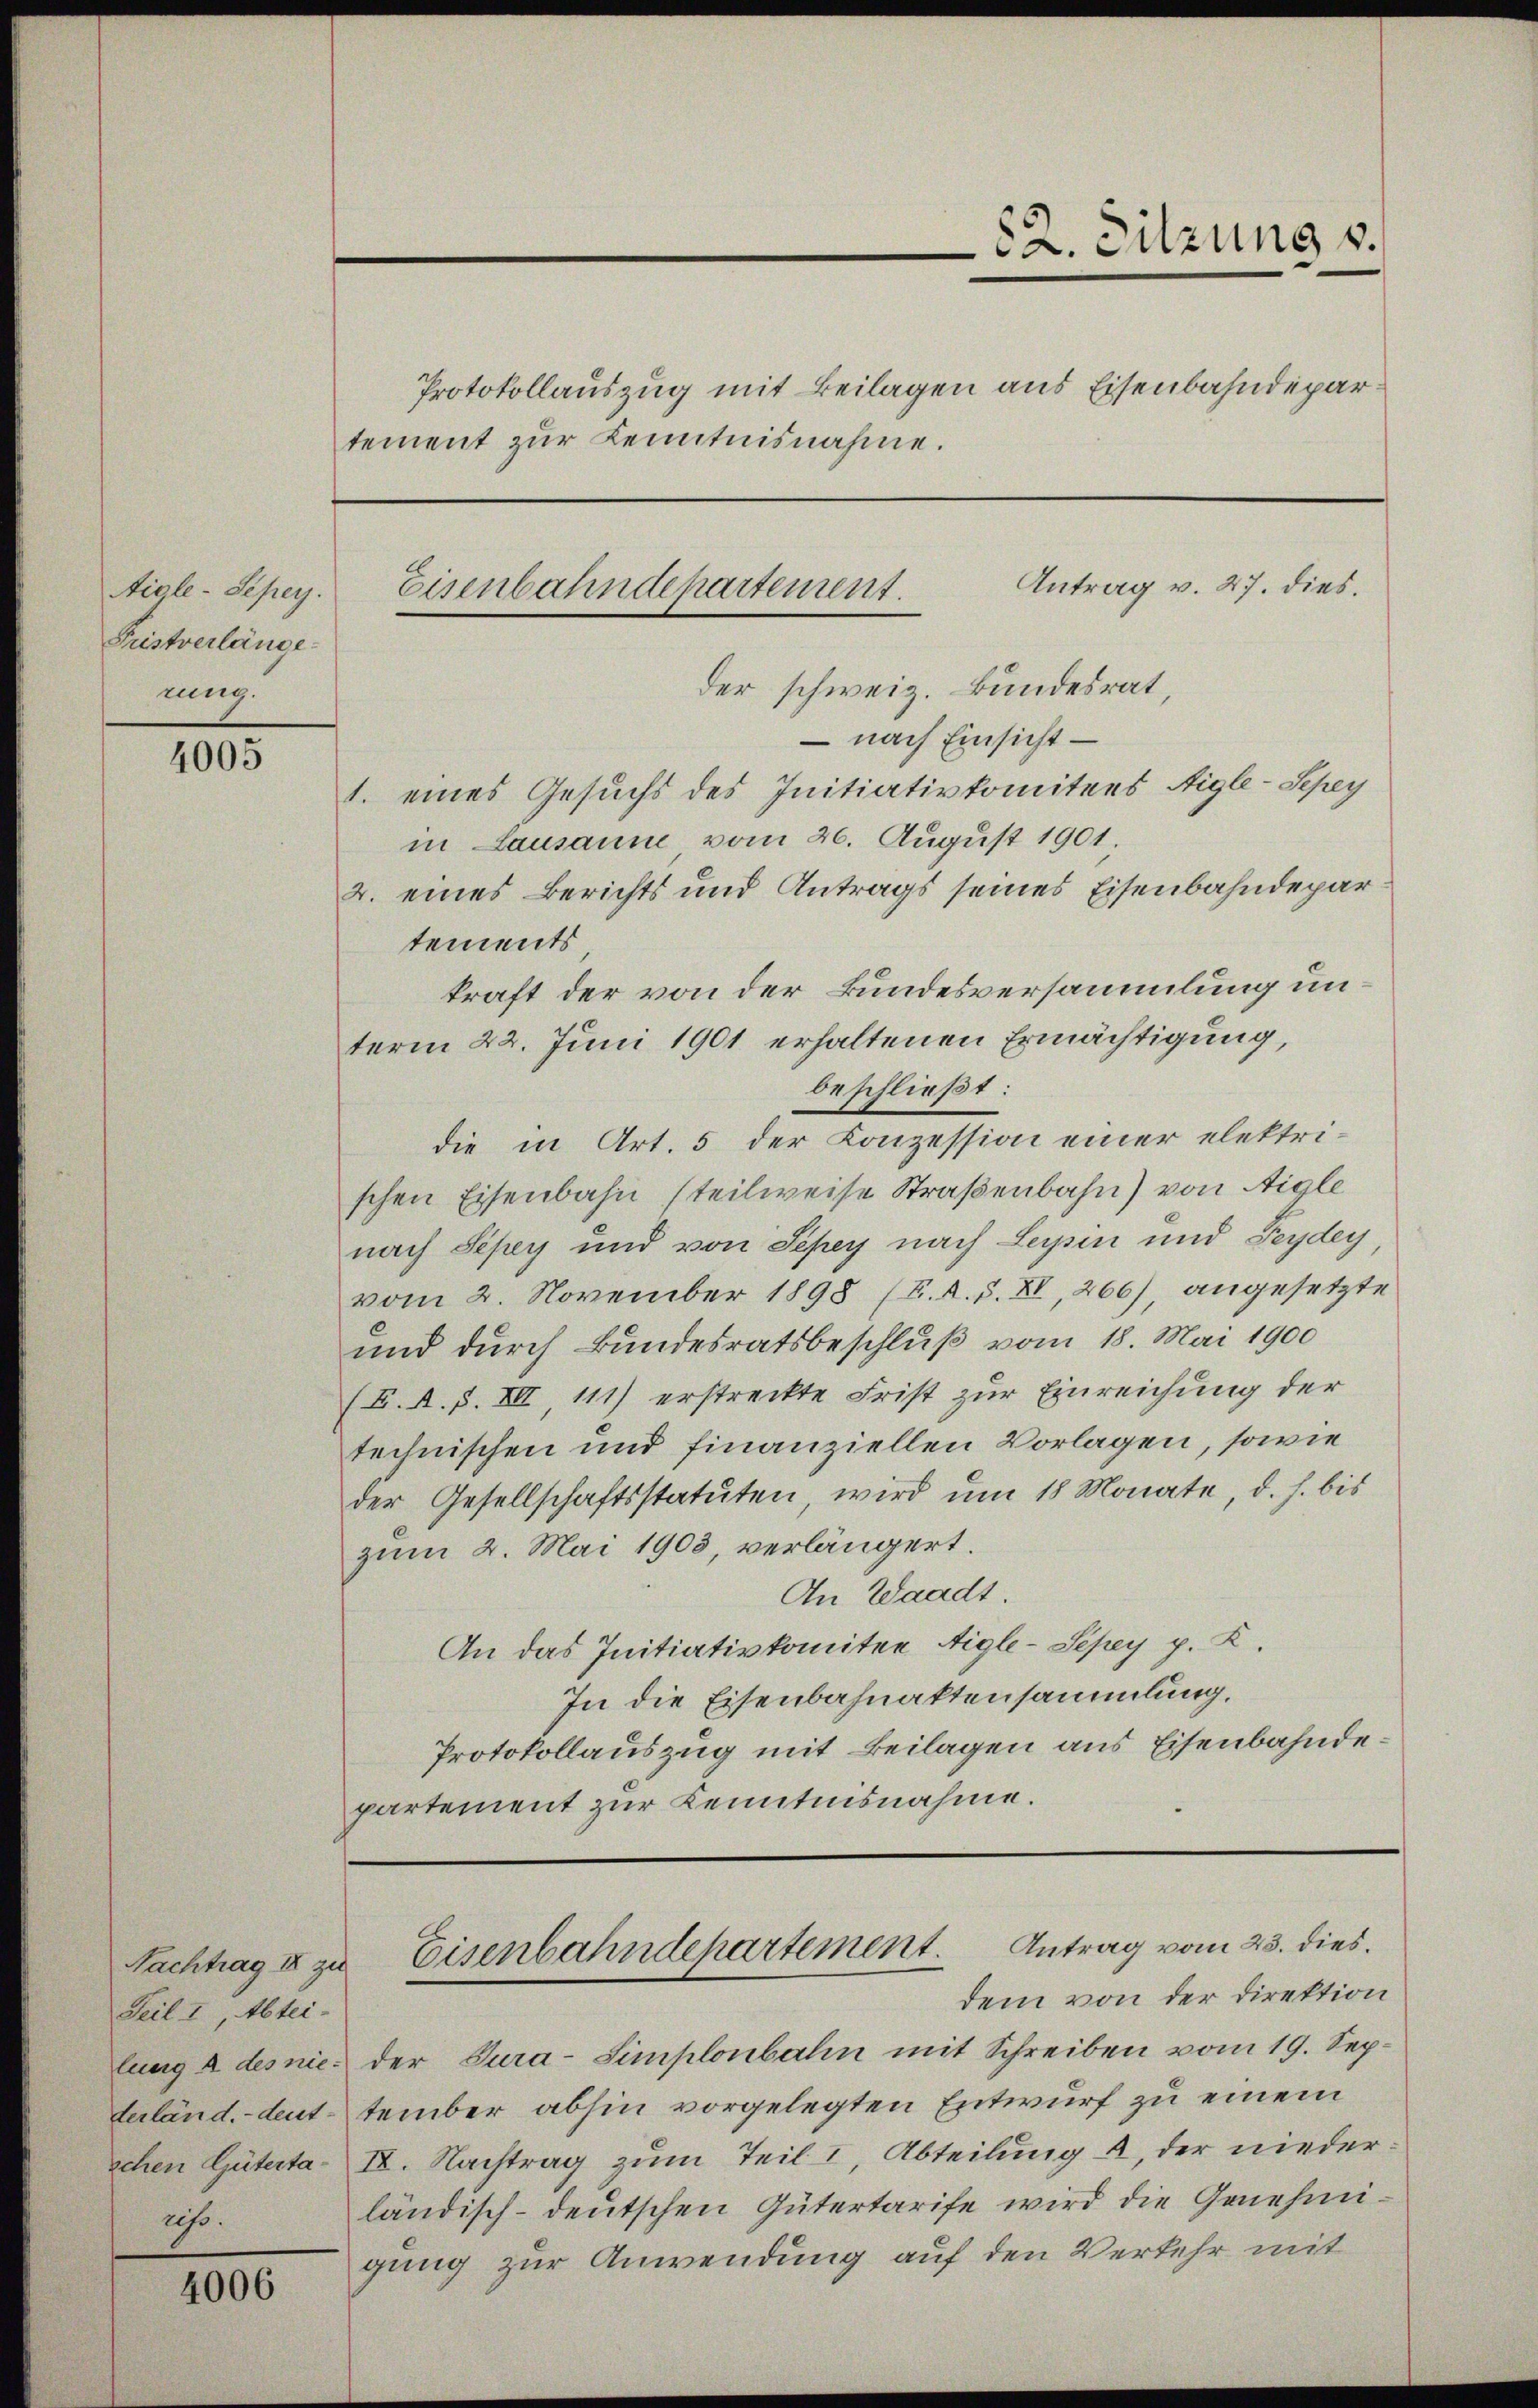
Aigle-Seper.
Fristverlänge
rung.

4005

Nachtrag II zu
Teil I, Abtei-
Uh.

4006

22. Sitzung v.
Protokollauszug mit Beilagen aus Eisenbahndepar
tement zur Kenntnisnahme.

Antrag v. 27. dies.
Eisenbahndepartement.
der schweiz. Bundesrat,

– nach Einsicht –
1. eines Gesuchs des Initiativkomitees Aigle-Spey
in Lausanne vom 26. August 1901.
2. eines Berichts und Antrags seines Eisenbahndepar
tements
kraft der von der Bundesversammlung unterm 22. Juni 1901 erhaltenen Ermächtigung,
beschließt:
die in Art. 5 der Konzession einer elektri-
schen Eisenbahn steilweise Straßenbahn) von Aigle
nach Siper und von Sepey nach Leysin und Feydey,
vom 2. November 1898 (K. R. S. XI, 266), angesetzte
und durch Bundesratsbeschluß vom 18. Mai 1900
(L. A. F. VII, 111) erstreckte Frist zur Einreichung der
technischen und finanziellen Vorlagen, sowie
der Gesellschaftsstatuten, wird um 18 Monate, d. h. bis
zum 2. Mai 1903, verlängert.
An Waadt.
An das Initiativkomitee Aigle-Sepey p. K.
In die Eisenbahnaktensammlung.
Protokollauszug mit Beilagen aus Eisenbahndepartement zur Kenntnisnahme.

Eisenbahndepartement. Antrag vom 23. dies
dem von der Direktion

lung 2 des nie der Tura-Simplonbahn mit Schreiben vom 19. Septerländ.- deut-tember abhin vorgelegten Entwurf zu einem
schen Güterta IV. Nachtrag zum Teil I, Abteilung a, der nieder
ländisch-deutschen Gütertarife wird die Genehmigung zur Anwendung auf den Verkehr mit